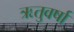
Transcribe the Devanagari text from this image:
ऋतुवर्षा